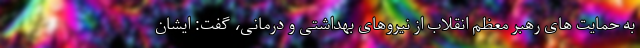
به حمایت های رهبر معظم انقلاب از نیروهای بهداشتی و درمانی، گفت: ایشان